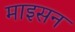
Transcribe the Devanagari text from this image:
माइसन